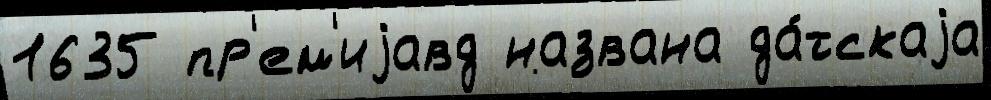
1635 пр'ем'иjавд названа да́тскаjа